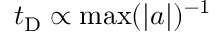
t _ { \mathrm { D } } \propto \operatorname* { m a x } ( \lvert a \rvert ) ^ { - 1 }